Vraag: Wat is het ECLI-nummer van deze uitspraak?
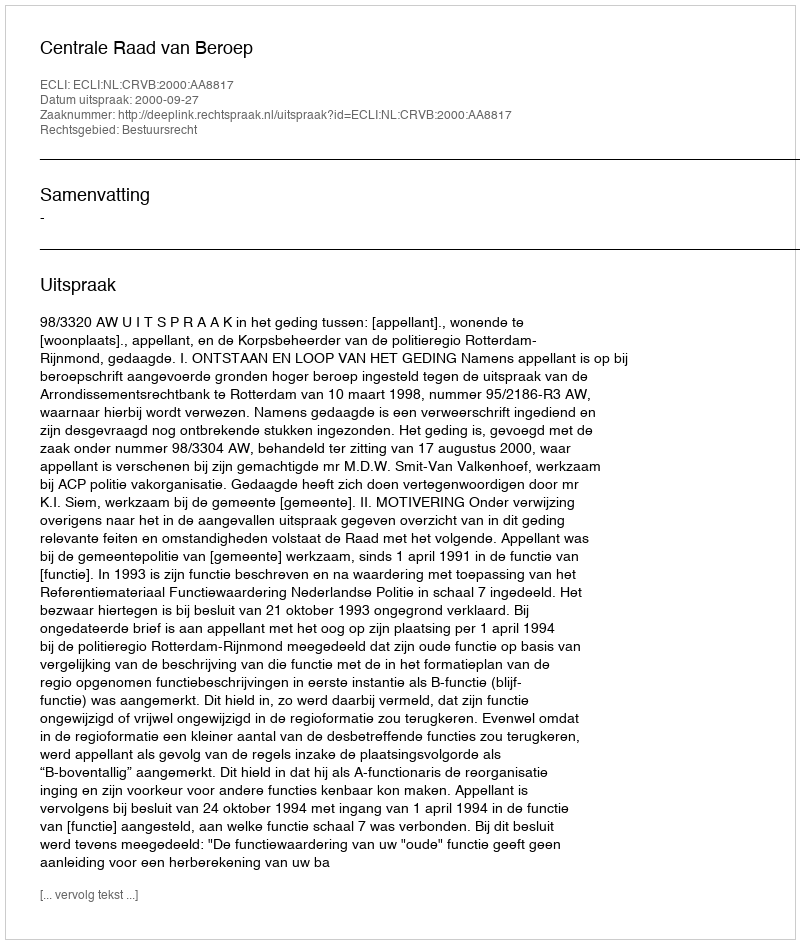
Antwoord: ECLI:NL:CRVB:2000:AA8817